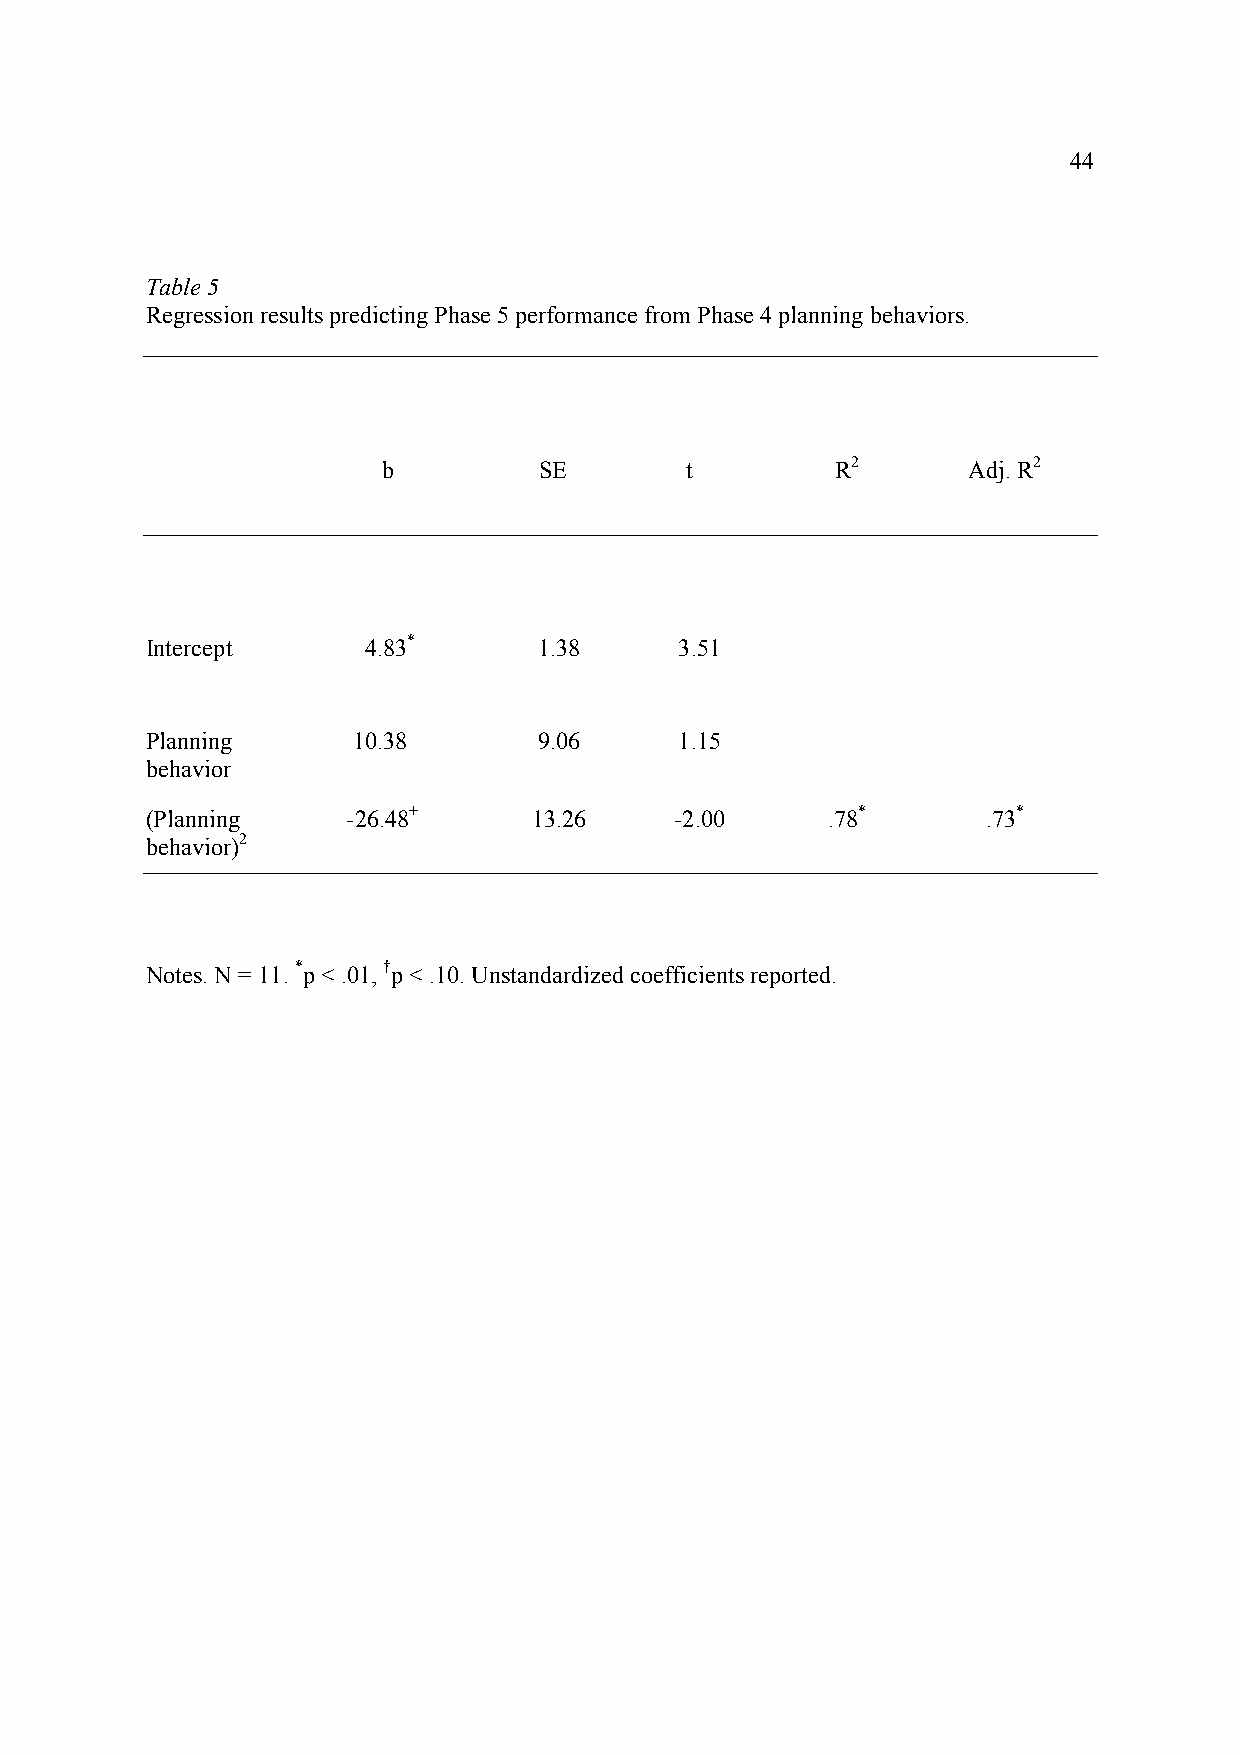
44
 !
 Table 5!
 Regression results predicting Phase 5 performance from Phase 4 planning behaviors.
 b          SE       t         R2       Adj. R2
 Intercept     4.83*       1.38     3.51
 Planning     10.38        9.06     1.15
 behavior
 (Planning    -26.48+     13.26     -2.00     .78*      .73*
 behavior)2
 Notes. N = 11. *p < .01, †p < .10. Unstandardized coefficients reported.